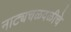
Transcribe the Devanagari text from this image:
नाट्यचळवळीचे